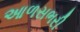
આળસભરી